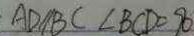
A D / / B C \angle B C D = 9 0